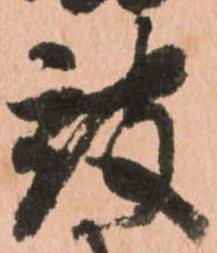
被